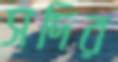
সদির